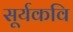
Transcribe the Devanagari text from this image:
सूर्यकवि